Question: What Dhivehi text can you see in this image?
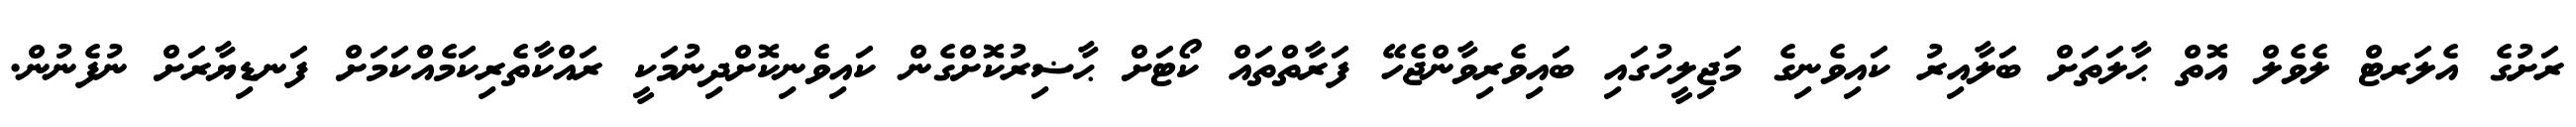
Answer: ރަށުގެ އެލަރޓް ލެވެލް އޮތް ޙާލަތަށް ބަލާއިރު ކައިވެނިގެ މަޖިލީހުގައި ބައިވެރިވާންޖެހޭ ފަރާތްތައް ކޯޓަށް ޙާޟިރުކޮށްގެން ކައިވެނިކޮށްދިނުމަކީ ރައްކާތެރިކަމެއްކަމަށް ފަނޑިޔާރަށް ނުފެނުން.